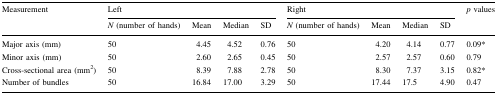
<table><thead><tr><td rowspan="2"><b>Measurement</b></td><td colspan="4"><b>Left</b></td><td colspan="4"><b>Right</b></td><td rowspan="2"><b><i>p</i> values</b></td></tr><tr><td><b><i>N</i> (number of hands)</b></td><td><b>Mean</b></td><td><b>Median</b></td><td><b>SD</b></td><td><b><i>N</i> (number of hands)</b></td><td><b>Mean</b></td><td><b>Median</b></td><td><b>SD</b></td></tr></thead><tbody><tr><td>Major axis (mm)</td><td>50</td><td>4.45</td><td>4.52</td><td>0.76</td><td>50</td><td>4.20</td><td>4.14</td><td>0.77</td><td>0.09*</td></tr><tr><td>Minor axis (mm)</td><td>50</td><td>2.60</td><td>2.65</td><td>0.45</td><td>50</td><td>2.57</td><td>2.57</td><td>0.60</td><td>0.79</td></tr><tr><td>Cross-sectional area (mm<sup>2</sup>)</td><td>50</td><td>8.39</td><td>7.88</td><td>2.78</td><td>50</td><td>8.30</td><td>7.37</td><td>3.15</td><td>0.82*</td></tr><tr><td>Number of bundles</td><td>50</td><td>16.84</td><td>17.00</td><td>3.29</td><td>50</td><td>17.44</td><td>17.5</td><td>4.90</td><td>0.47</td></tr></tbody></table>